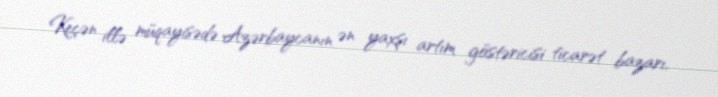
Keçən illə müqayisədə Azərbaycanın ən yaxşı artım göstəricisi ticarət bazarı,